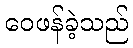
ဝေဖန်ခဲ့သည်